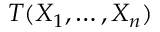
T ( X _ { 1 } , \dots , X _ { n } )